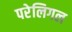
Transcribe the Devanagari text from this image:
परेलिगल